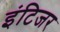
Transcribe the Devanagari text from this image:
इंटिजर